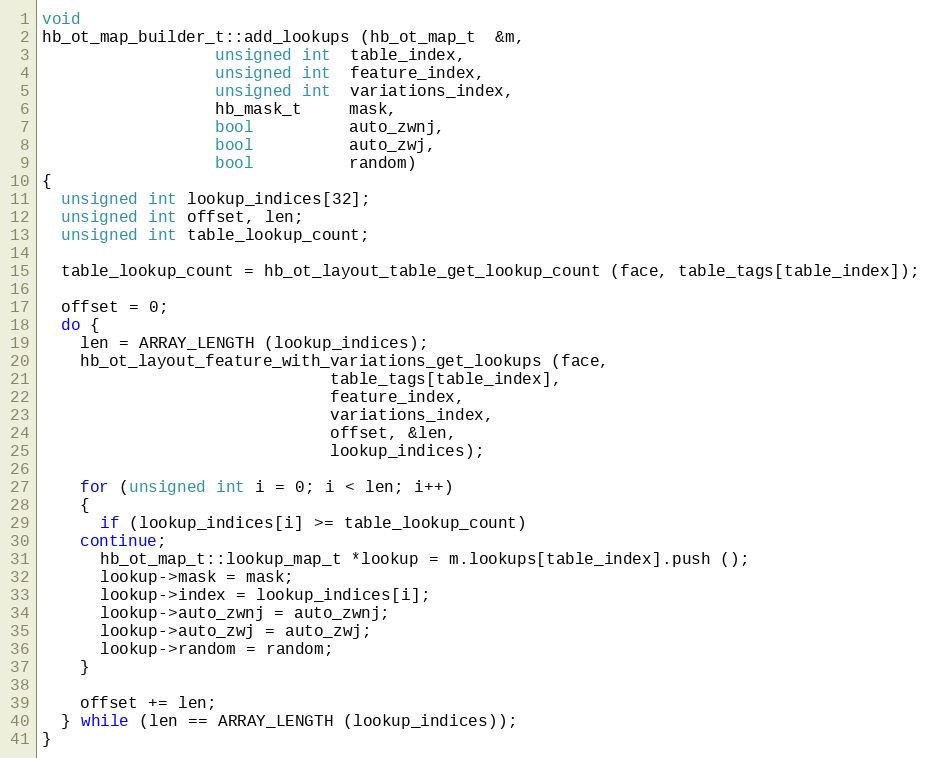
Language: C++
void
hb_ot_map_builder_t::add_lookups (hb_ot_map_t  &m,
				  unsigned int  table_index,
				  unsigned int  feature_index,
				  unsigned int  variations_index,
				  hb_mask_t     mask,
				  bool          auto_zwnj,
				  bool          auto_zwj,
				  bool          random)
{
  unsigned int lookup_indices[32];
  unsigned int offset, len;
  unsigned int table_lookup_count;

  table_lookup_count = hb_ot_layout_table_get_lookup_count (face, table_tags[table_index]);

  offset = 0;
  do {
    len = ARRAY_LENGTH (lookup_indices);
    hb_ot_layout_feature_with_variations_get_lookups (face,
						      table_tags[table_index],
						      feature_index,
						      variations_index,
						      offset, &len,
						      lookup_indices);

    for (unsigned int i = 0; i < len; i++)
    {
      if (lookup_indices[i] >= table_lookup_count)
	continue;
      hb_ot_map_t::lookup_map_t *lookup = m.lookups[table_index].push ();
      lookup->mask = mask;
      lookup->index = lookup_indices[i];
      lookup->auto_zwnj = auto_zwnj;
      lookup->auto_zwj = auto_zwj;
      lookup->random = random;
    }

    offset += len;
  } while (len == ARRAY_LENGTH (lookup_indices));
}